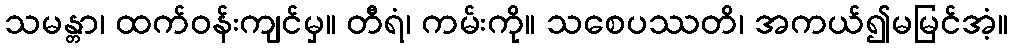
သမန္တာ၊ ထက်ဝန်းကျင်မှ။ တီရံ၊ ကမ်းကို။ သစေပဿတိ၊ အကယ်၍မမြင်အံ့။